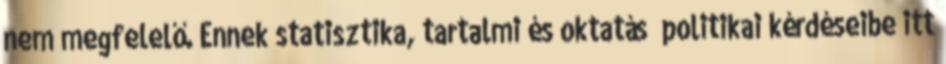
nem megfelelő. Ennek statisztika, tartalmi és oktatás politikai kérdéseibe itt